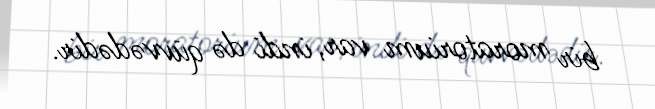
bir moratorium var, indi də qüvvədədir.